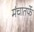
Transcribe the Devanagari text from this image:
मंचातर्फे